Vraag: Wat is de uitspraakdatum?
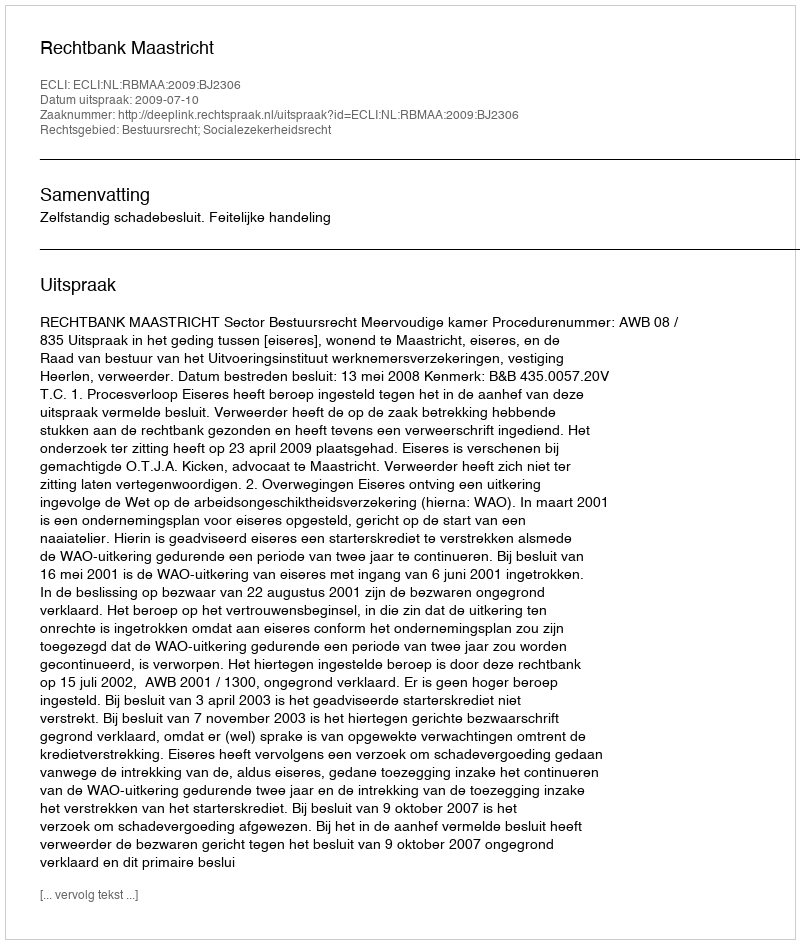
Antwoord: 2009-07-10